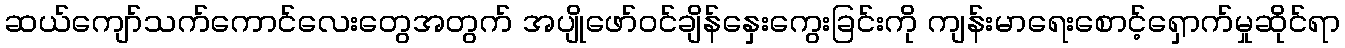
ဆယ်ကျော်သက်ကောင်လေးတွေအတွက် အပျိုဖော်ဝင်ချိန်နှေးကွေးခြင်းကို ကျန်းမာရေးစောင့်ရှောက်မှုဆိုင်ရာ